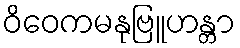
ဝိဝေကမနုဗြူဟန္တာ